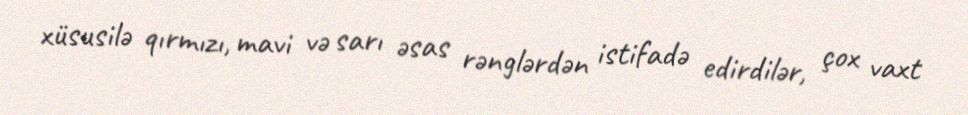
xüsusilə qırmızı, mavi və sarı əsas rənglərdən istifadə edirdilər, çox vaxt